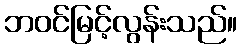
ဘဝင်မြင့်လွန်းသည်။